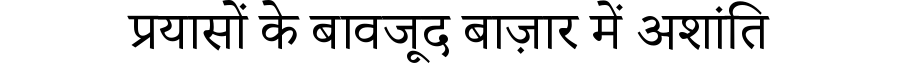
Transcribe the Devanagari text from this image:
प्रयासों के बावजूद बाज़ार में अशांति